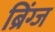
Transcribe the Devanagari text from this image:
ब्रिंग्ज